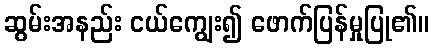
ဆွမ်းအနည်း ငယ်ကျွေး၍ ဖောက်ပြန်မှုပြု၏။